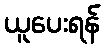
ယူပေးရန်